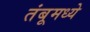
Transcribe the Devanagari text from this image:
तंबूमध्ये